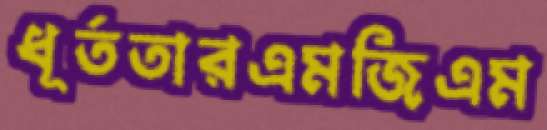
ধূর্ততারএমজিএম